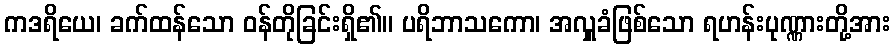
ကဒရိယေ၊ ခက်ထန်သော ဝန်တိုခြင်းရှိ၏။ ပရိဘာသကော၊ အလှူခံဖြစ်သော ရဟန်းပုဏ္ဏားတို့အား